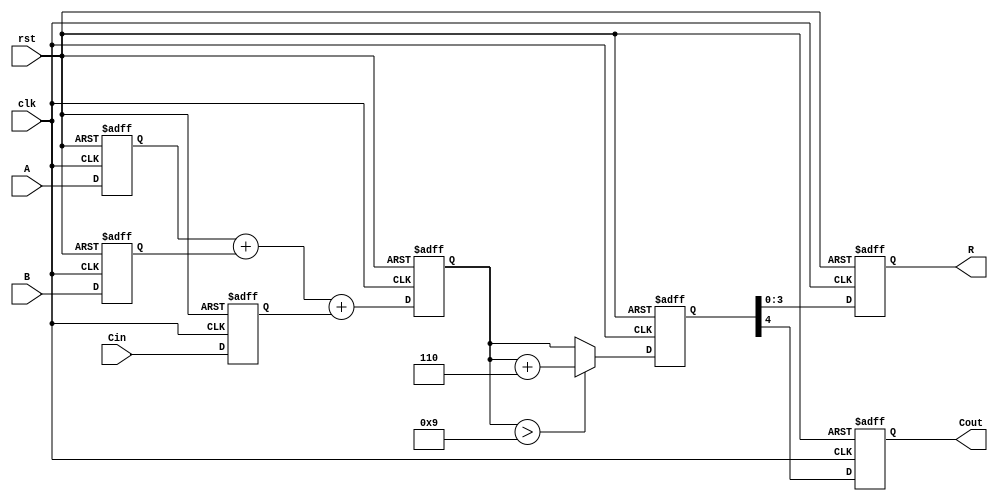
module bcd_pipelined_adder (
    input clk,
    input rst,
    input [3:0] A,      // BCD input A
    input [3:0] B,      // BCD input B
    input Cin,          // Carry input
    output reg [3:0] R, // BCD result
    output reg Cout     // Carry output
);

    // Intermediate signals
    reg [4:0] sum;      // 5-bit sum to accommodate carry
    reg [4:0] corrected_sum; // Corrected sum after BCD adjustment
    reg correction_needed; // Flag for correction

    // Stage 1: Input Stage
    reg [3:0] A_reg, B_reg;
    reg Cin_reg;

    always @(posedge clk or posedge rst) begin
        if (rst) begin
            A_reg <= 4'b0000;
            B_reg <= 4'b0000;
            Cin_reg <= 1'b0;
        end else begin
            A_reg <= A;
            B_reg <= B;
            Cin_reg <= Cin;
        end
    end

    // Stage 2: Adder Stage
    always @(posedge clk or posedge rst) begin
        if (rst) begin
            sum <= 5'b00000;
        end else begin
            sum <= A_reg + B_reg + Cin_reg;
        end
    end

    // Stage 3: BCD Correction Logic
    always @(posedge clk or posedge rst) begin
        if (rst) begin
            corrected_sum <= 5'b00000;
            correction_needed <= 1'b0;
        end else begin
            if (sum > 5'b01001) begin // If sum > 9
                corrected_sum <= sum + 5'b00110; // Add 6
                correction_needed <= 1'b1;
            end else begin
                corrected_sum <= sum;
                correction_needed <= 1'b0;
            end
        end
    end

    // Stage 4: Output Stage
    always @(posedge clk or posedge rst) begin
        if (rst) begin
            R <= 4'b0000;
            Cout <= 1'b0;
        end else begin
            R <= corrected_sum[3:0]; // Take the lower 4 bits as result
            Cout <= corrected_sum[4]; // Carry out if the 5th bit is set
        end
    end

endmodule